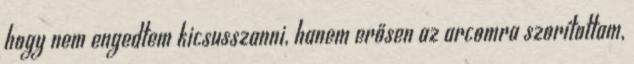
hogy nem engedtem kicsusszanni, hanem erősen az arcomra szorítottam,